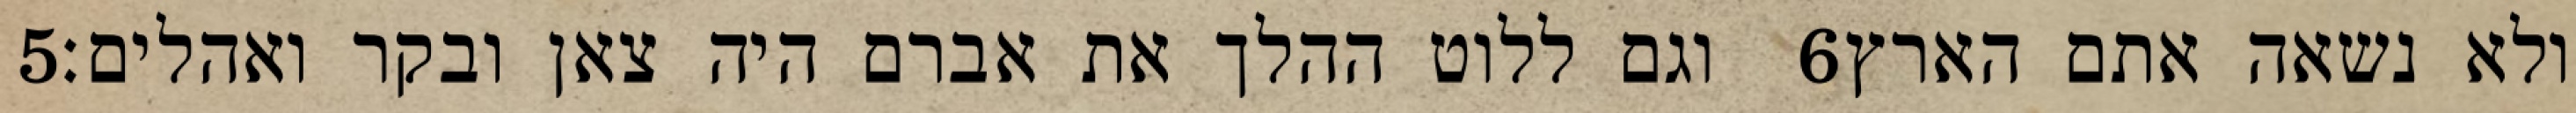
‎5‏ וגם ללוט ההלך את אברם היה צאן ובקר ואהלים׃ ‎6‏ ולא נשאה אתם הארץ